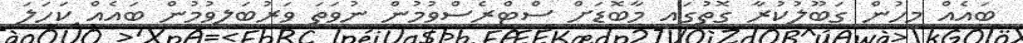
ބައެއް މީހުން ގަބޫލުކުރާ ގޮތުގައި މާބޮޑަށް ސްޓްރެސްވުމުން ނުވަތަ ވަރުބަލިވުމުން ބައެއް ކަހަލަ